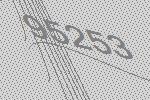
95253